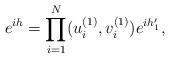
LaTeX: \begin{align*}e^{ih}=\prod_{i=1}^N (u_i^{(1)},v_i^{(1)})e^{ih_1'},\end{align*}